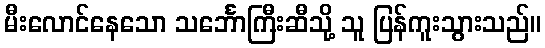
မီးလောင်နေသော သင်္ဘောကြီးဆီသို့ သူ ပြန်ကူးသွားသည်။